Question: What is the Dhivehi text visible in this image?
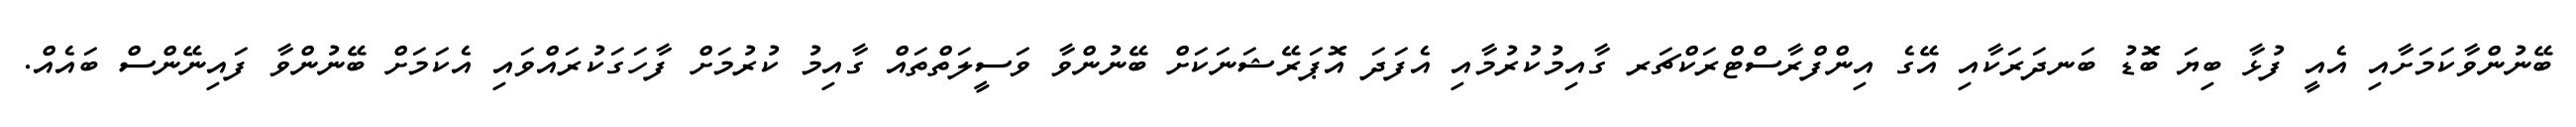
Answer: ބޭނުންވާކަމަށާއި އެއީ ފުޅާ ބިޔަ ބޮޑު ބަނދަރަކާއި އޭގެ އިންފްރާސްޓްރަކްޗަރ ގާއިމުކުރުމާއި އެފަދަ އޮޕަރޭޝަނަކަށް ބޭނުންވާ ވަސީލަތްތައް ގާއިމު ކުރުމަށް ފާހަގަކުރައްވައި އެކަމަށް ބޭނުންވާ ފައިނޭންސް ބައެއް.